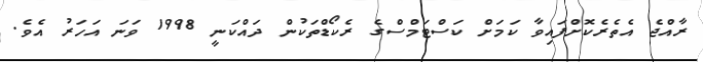
ރާއްޖެ އެތެރެކޮށްފައިވާ ކަމަށް ކަސްޓަމްސްގެ ރެކޯޑްތަކުން ދައްކަނީ 1998 ވަނަ އަހަރު އެވެ.